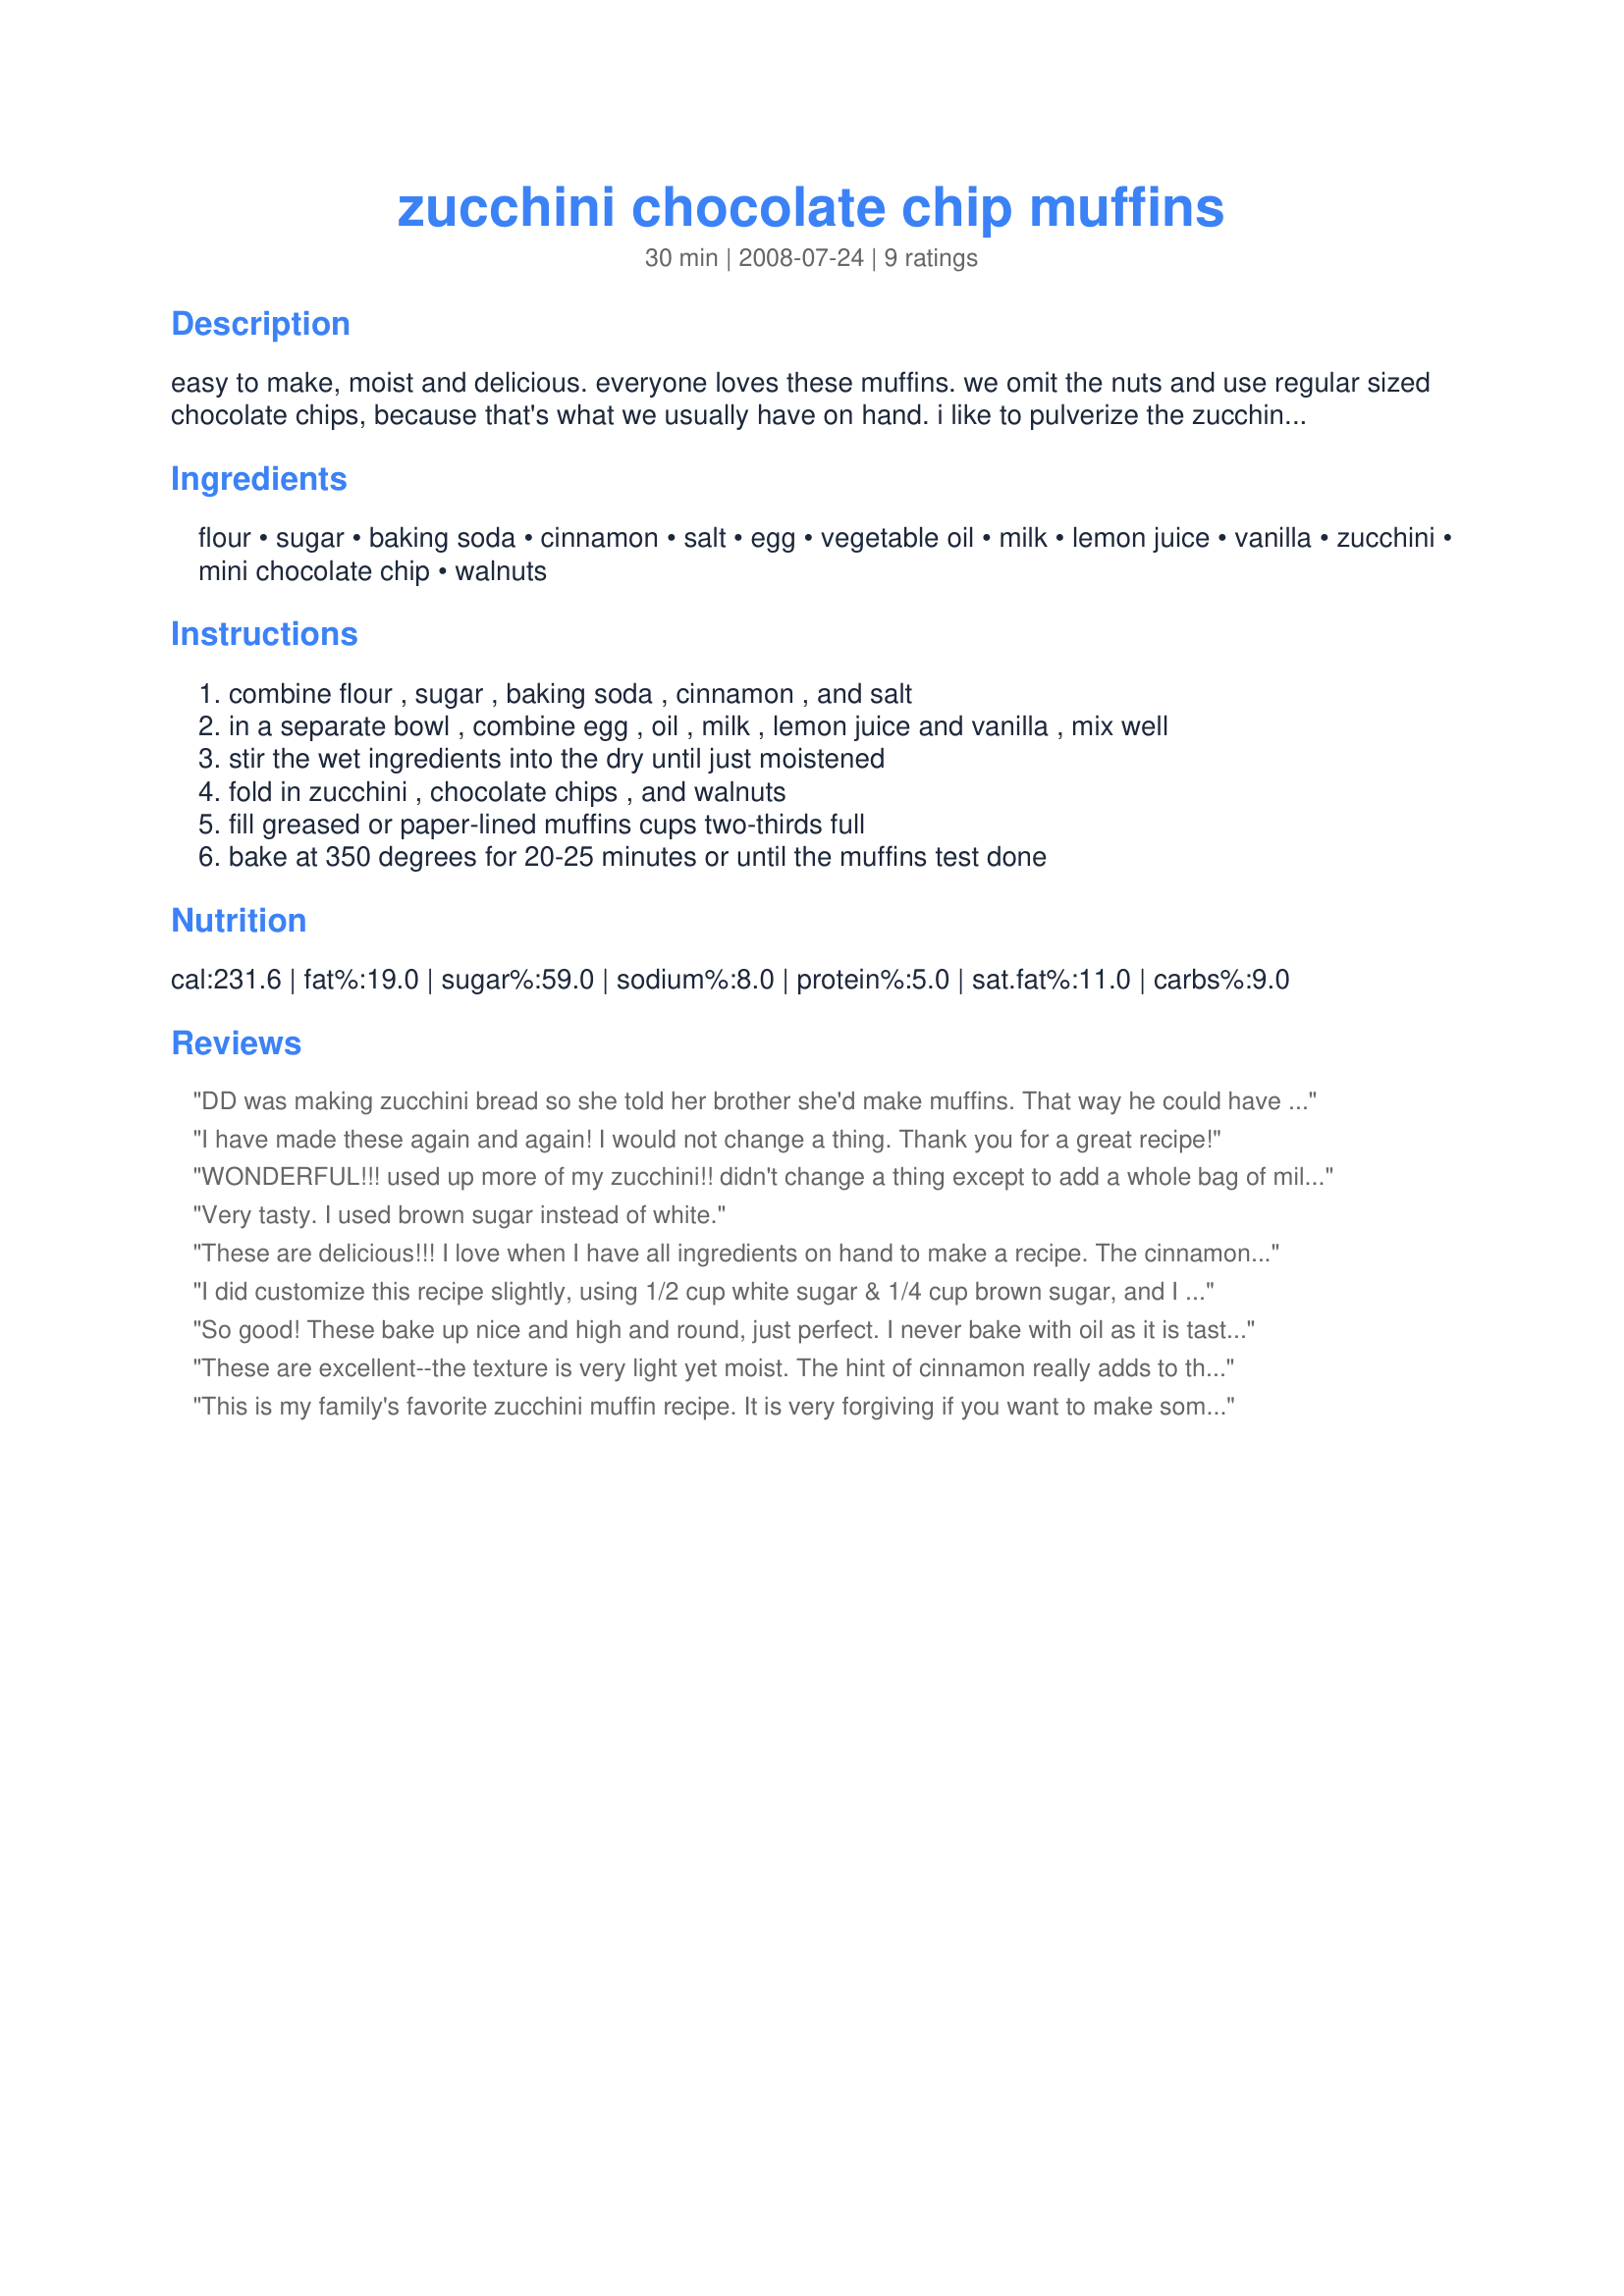
zucchini chocolate chip muffins
Preparation time: 30 minutes

easy to make, moist and delicious. everyone loves these muffins. we omit the nuts and use regular sized chocolate chips, because that's what we usually have on hand. i like to pulverize the zucchini in the food processor, which makes it barely detectable in the muffins, that way even my kids will eat these!

Ingredients:
flour, sugar, baking soda, cinnamon, salt, egg, vegetable oil, milk, lemon juice, vanilla, zucchini, mini chocolate chip, walnuts

Steps:
combine flour , sugar , baking soda , cinnamon , and salt
in a separate bowl , combine egg , oil , milk , lemon juice and vanilla , mix well
stir the wet ingredients into the dry until just moistened
fold in zucchini , chocolate chips , and walnuts
fill greased or paper-lined muffins cups two-thirds full
bake at 350 degrees for 20-25 minutes or until the muffins test done

Reviews:
DD was making zucchini bread so she told her brother she'd make muffins. That way he could have them before school in the mornings. This made 24 regular sized muffins for us. They are light and moist and best of all YUMMY. Made for *Zaar Cookbooks Tag 2008* game
I have made these again and again! I would not change a thing. Thank you for a great recipe!
WONDERFUL!!! used up more of my zucchini!! didn't change a thing except to add a whole bag of milk chocolate chips instead of just a 1/4 or 1/2 a cup (but will probably only do about 1/2 or 3/4 of the bag next time!!), omitted walnuts, and added a TBSP of instant coffee granules. thanks bunches Jillster!!
Very tasty. I used brown sugar instead of white.
These are delicious!!! I love when I have all ingredients on hand to make a recipe. The cinnamon and chocolate chips add a nice touch. Other than omitting the walnuts I followed the recipe to a T. Will definitely be saving this recipe!
I did customize this recipe slightly, using 1/2 cup white sugar & 1/4 cup brown sugar, and I used mini chocolate chips. Excellent! I'm adding this recipe to my collection!!!
So good! These bake up nice and high and round, just perfect. I never bake with oil as it is tasteless and adds nothing to baked goods. I used margarine as I had lots of it in my fridge. I doubled the cinnamon and choc. chips, no nuts. Excellent! thankyou for posting Jillster.
These are excellent--the texture is very light yet moist. The hint of cinnamon really adds to the flavor. I brought a batch into the office this morning and everyone loved them.
This is my family's favorite zucchini muffin recipe. It is very forgiving if you want to make some changes - I increase the chocolate chips, use a little more than a cup of zucchini, and don't add walnuts (nut allergies in the family). These are always very moist! They freeze great - it only takes one minute at 50% to thaw & reheat.
